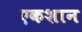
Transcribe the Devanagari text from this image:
एकशान